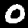
Label: 0